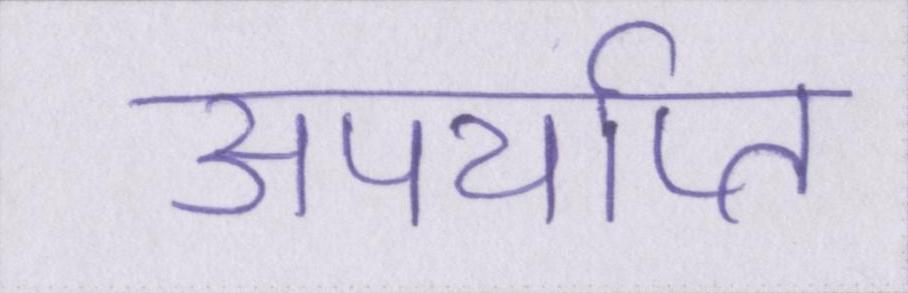
अपर्याप्त